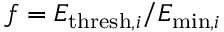
f = E _ { \mathrm { t h r e s h } , i } / E _ { \mathrm { m i n } , i }